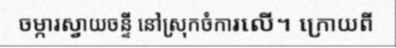
ចម្ការស្វាយចន្ទី នៅស្រុកចំការលើ។ ក្រោយពី